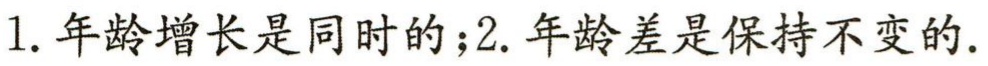
1. 年龄增长是同时的；2. 年龄差是保持不变的.